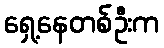
ရှေ့နေတစ်ဦးက